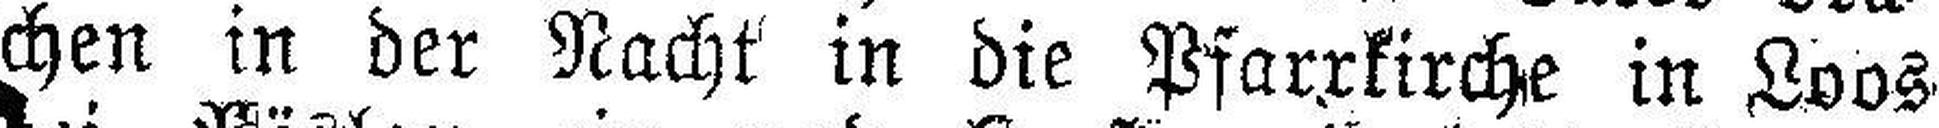
chen in der Nacht in die Pfarrkirche in Loos